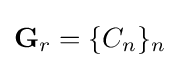
\mathbf {G} _{r}=\{C_{n}\}_{n}